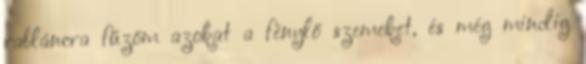
rabláncra fűzöm azokat a fénylő szemeket, és még mindig